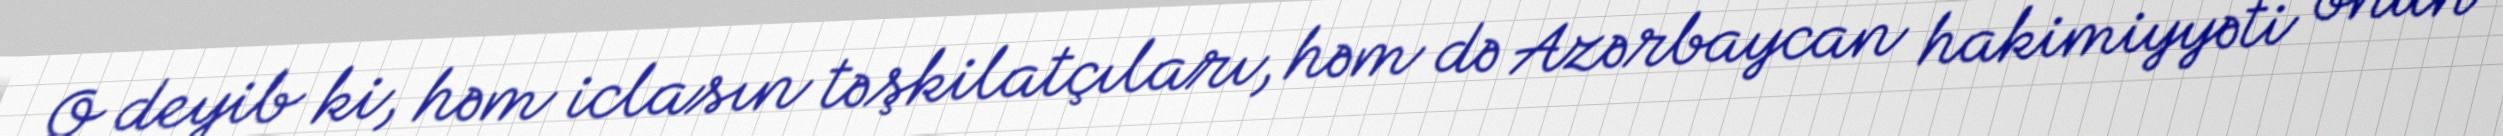
O deyib ki, həm iclasın təşkilatçıları, həm də Azərbaycan hakimiyyəti onun